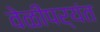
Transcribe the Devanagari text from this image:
वेळीपर्यंत